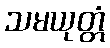
သမယုတ္တံ